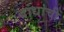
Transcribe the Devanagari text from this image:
बांधांची